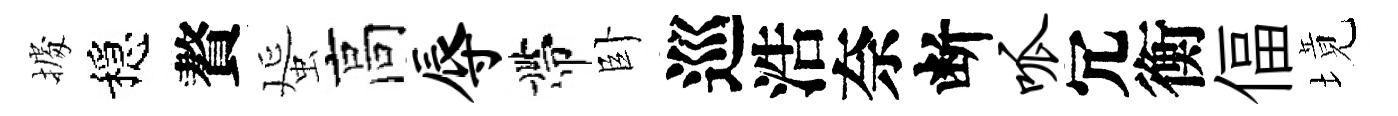
𢴃穩贅蜑高辱帶卧巡浩奈断呱冗衡偪境